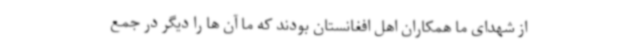
از شهدای ما همکاران اهل افغانستان بودند که ما آن ها را دیگر در جمع